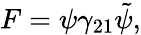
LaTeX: F=\psi\gamma_{21}\tilde{\psi},